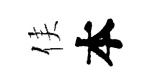
侯本